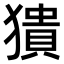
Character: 𤡱